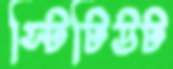
স্টিটিউট